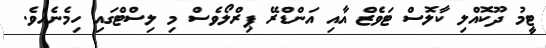
ޓީމު ދޫކޮއްލި ކާލޮސް ޓަވެޒް އާއި އަންޑްރޭ ޕިރްލޯވެސް މި ލިސްޓްގައި ހިމެނެއެވެ.